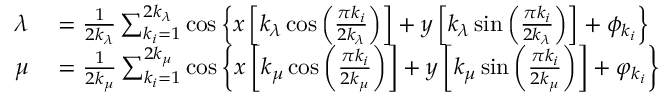
\begin{array} { r l } { \lambda } & { { } = \frac { 1 } { 2 k _ { \lambda } } \sum _ { k _ { i } = 1 } ^ { 2 k _ { \lambda } } \cos \left\{ x \left[ k _ { \lambda } \cos \left( \frac { \pi k _ { i } } { 2 k _ { \lambda } } \right) \right] + y \left[ k _ { \lambda } \sin \left( \frac { \pi k _ { i } } { 2 k _ { \lambda } } \right) \right] + \phi _ { k _ { i } } \right\} } \\ { \mu } & { { } = \frac { 1 } { 2 k _ { \mu } } \sum _ { k _ { i } = 1 } ^ { 2 k _ { \mu } } \cos \left\{ x \left[ k _ { \mu } \cos \left( \frac { \pi k _ { i } } { 2 k _ { \mu } } \right) \right] + y \left[ k _ { \mu } \sin \left( \frac { \pi k _ { i } } { 2 k _ { \mu } } \right) \right] + \varphi _ { k _ { i } } \right\} } \end{array}